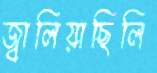
জ্বালিয়াছিলি